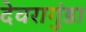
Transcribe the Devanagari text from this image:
देवरागुंडा